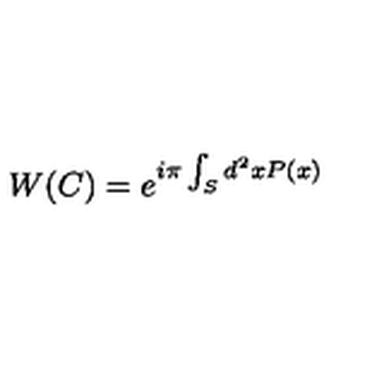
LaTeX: W ( C ) = e ^ { i \pi \int _ { S } d ^ { 2 } x P ( x ) }